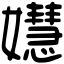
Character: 𡣺